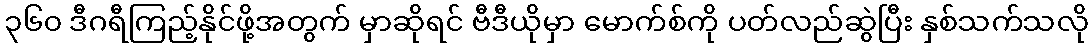
၃၆၀ ဒီဂရီကြည့်နိုင်ဖို့အတွက် မှာဆိုရင် ဗီဒီယိုမှာ မောက်စ်ကို ပတ်လည်ဆွဲပြီး နှစ်သက်သလို